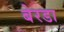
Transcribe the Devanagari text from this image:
बेरडा